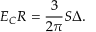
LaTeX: E _ { C } R = \frac { 3 } { 2 \pi } S \Delta .